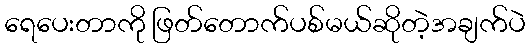
ရေပေးတာကို ဖြတ်တောက်ပစ်မယ်ဆိုတဲ့အချက်ပဲ